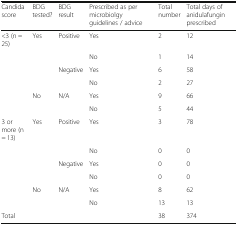
<table><thead><tr><td><b>Candida score</b></td><td><b>BDG tested?</b></td><td><b>BDG result</b></td><td><b>Prescribed as per microbiolgy guidelines / advice</b></td><td><b>Total number</b></td><td><b>Total days of anidulafungin prescribed</b></td></tr></thead><tbody><tr><td>&lt;3 (n = 25)</td><td>Yes</td><td>Positive</td><td>Yes</td><td>2</td><td>12</td></tr><tr><td></td><td></td><td></td><td>No</td><td>1</td><td>14</td></tr><tr><td></td><td></td><td>Negative</td><td>Yes</td><td>6</td><td>58</td></tr><tr><td></td><td></td><td></td><td>No</td><td>2</td><td>27</td></tr><tr><td></td><td>No</td><td>N/A</td><td>Yes</td><td>9</td><td>66</td></tr><tr><td></td><td></td><td></td><td>No</td><td>5</td><td>44</td></tr><tr><td>3 or more (n = 13)</td><td>Yes</td><td>Positive</td><td>Yes</td><td>3</td><td>78</td></tr><tr><td></td><td></td><td></td><td>No</td><td>0</td><td>0</td></tr><tr><td></td><td></td><td>Negative</td><td>Yes</td><td>0</td><td>0</td></tr><tr><td></td><td></td><td></td><td>No</td><td>0</td><td>0</td></tr><tr><td></td><td>No</td><td>N/A</td><td>Yes</td><td>8</td><td>62</td></tr><tr><td></td><td></td><td></td><td>No</td><td>13</td><td>13</td></tr><tr><td>Total</td><td></td><td></td><td></td><td>38</td><td>374</td></tr></tbody></table>